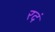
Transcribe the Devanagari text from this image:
रदं